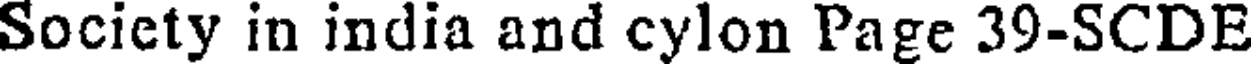
Society in india and cylon Page 39-SCDE